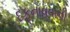
દફનાવવાની